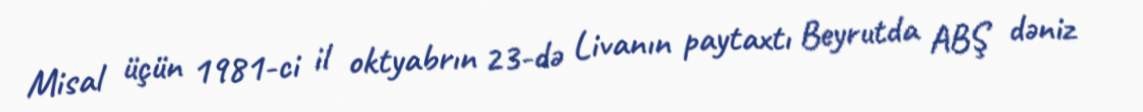
Misal üçün 1981-ci il oktyabrın 23-də Livanın paytaxtı Beyrutda ABŞ dəniz